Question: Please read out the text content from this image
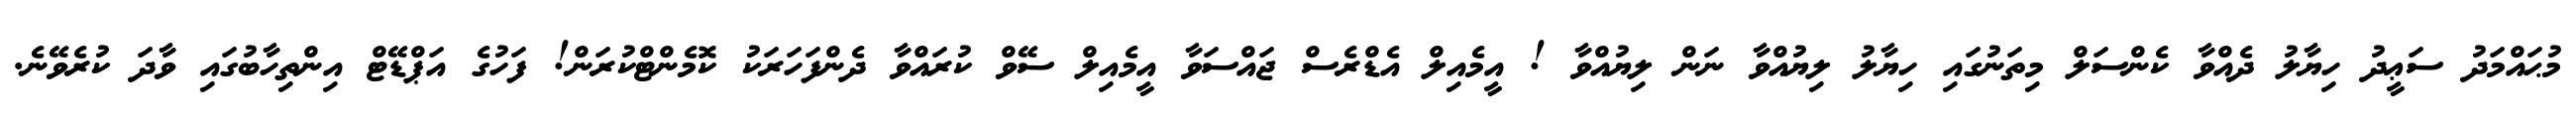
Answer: މުޙައްމަދު ސަޢީދު ހިޔާލު ދެއްވާ ކެންސަލް މިތަނުގައި ހިޔާލު ލިޔުއްވާ ނަން ލިޔުއްވާ ! އީމެއިލް އެޑްރެސް ޖައްސަވާ އީމެއިލް ސޭވް ކުރައްވާ ދެންފަހަރަކު ކޮމެންޓްކުރަން! ފަހުގެ އަޕްޑޭޓް އިންތިހާބުގައި ވާދަ ކުރެވޭނެ.